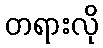
တရားလို